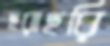
ছরাছরি